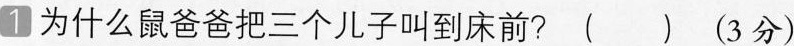
1 为什么鼠爸爸把三个儿子叫到床前? ( ) (3分)